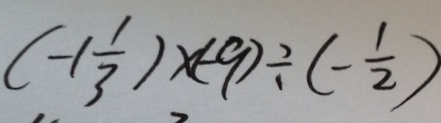
( - 1 \frac { 1 } { 3 } ) \times ( - 9 ) \div ( - \frac { 1 } { 2 } )